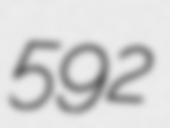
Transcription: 592